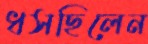
ধসছিলেন